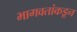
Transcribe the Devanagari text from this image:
भागवतांकडून